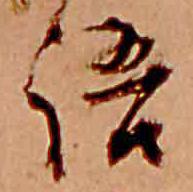
語